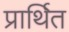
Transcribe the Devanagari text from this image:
प्रार्थित